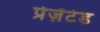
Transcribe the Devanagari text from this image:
प्रेज़ेंटेड